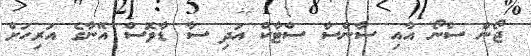
ޖޯން ސްނޯ އާއި ސާންސާ ސްޓާކް އަދި ސާ ޑާވޮސް އޭނާގެ އަރިހަށް